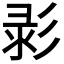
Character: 𢒚